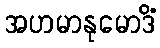
အဟမာနုမောဒိံ